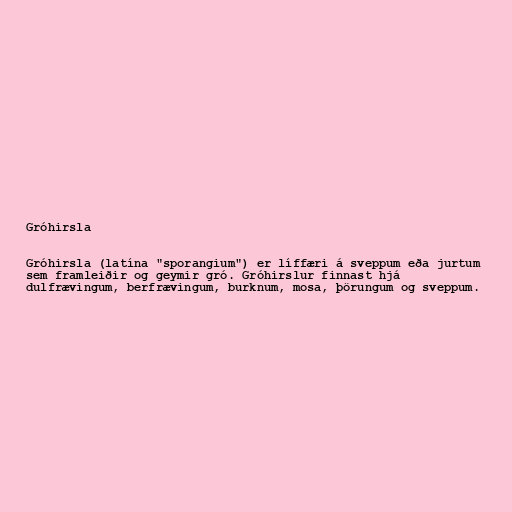
Gróhirsla

Gróhirsla (latína "sporangium") er líffæri á sveppum eða jurtum
sem framleiðir og geymir gró. Gróhirslur finnast hjá
dulfrævingum, berfrævingum, burknum, mosa, þörungum og sveppum.